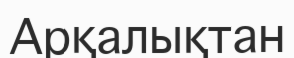
Арқалықтан